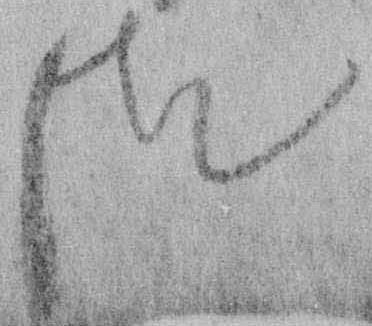
つ